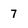
Character: 7